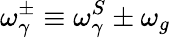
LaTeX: \omega_{\gamma}^{\pm}\equiv\omega_{\gamma}^{S}\pm\omega_{g}